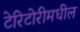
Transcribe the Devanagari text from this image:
टेरिटोरीमधील